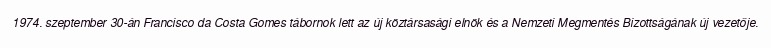
1974. szeptember 30-án Francisco da Costa Gomes tábornok lett az új köztársasági elnök és a Nemzeti Megmentés Bizottságának új vezetője.